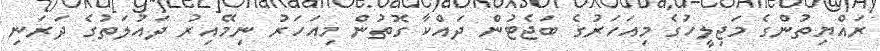
ރައްޔިތުންގެ މަޖިލީހުގެ މިއަހަރުގެ ބަޖެޓުން ދައްކާ ގޮތުން މިއަހަރު ނިމޭއިރު ދައުލަތުގެ ދަރަނި